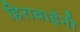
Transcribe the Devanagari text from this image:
हिराबाईंनी